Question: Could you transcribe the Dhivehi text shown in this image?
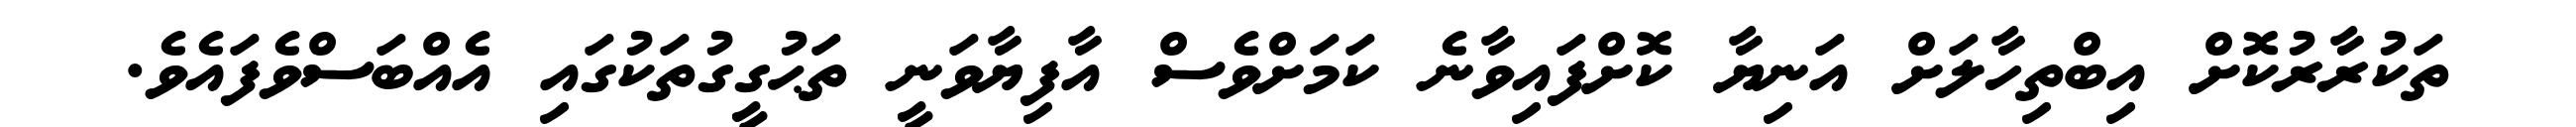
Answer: ތަކުރާރުކޮށް އިބްތިހާލަށް އަނިޔާ ކޮށްފައިވާނެ ކަމަށްވެސް އާފިޔާވަނީ ތަޙުގީގުތަކުގައި އެއްބަސްވެފައެވެ.